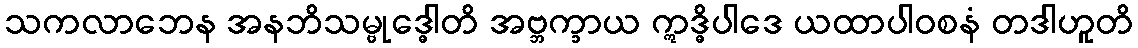
သကလာဘေန အနဘိသမ္ဗုဒ္ဓေါတိ အဗ္ဘက္ခာယ ဣဒ္ဓိပါဒေ ယထာပါဝစနံ တဒါဟူတိ